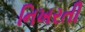
નિખરતી